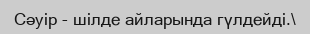
Сәуір - шілде айларында гүлдейді.\